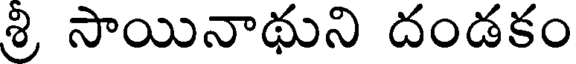
శ్రి సాయినాథుని దండకం